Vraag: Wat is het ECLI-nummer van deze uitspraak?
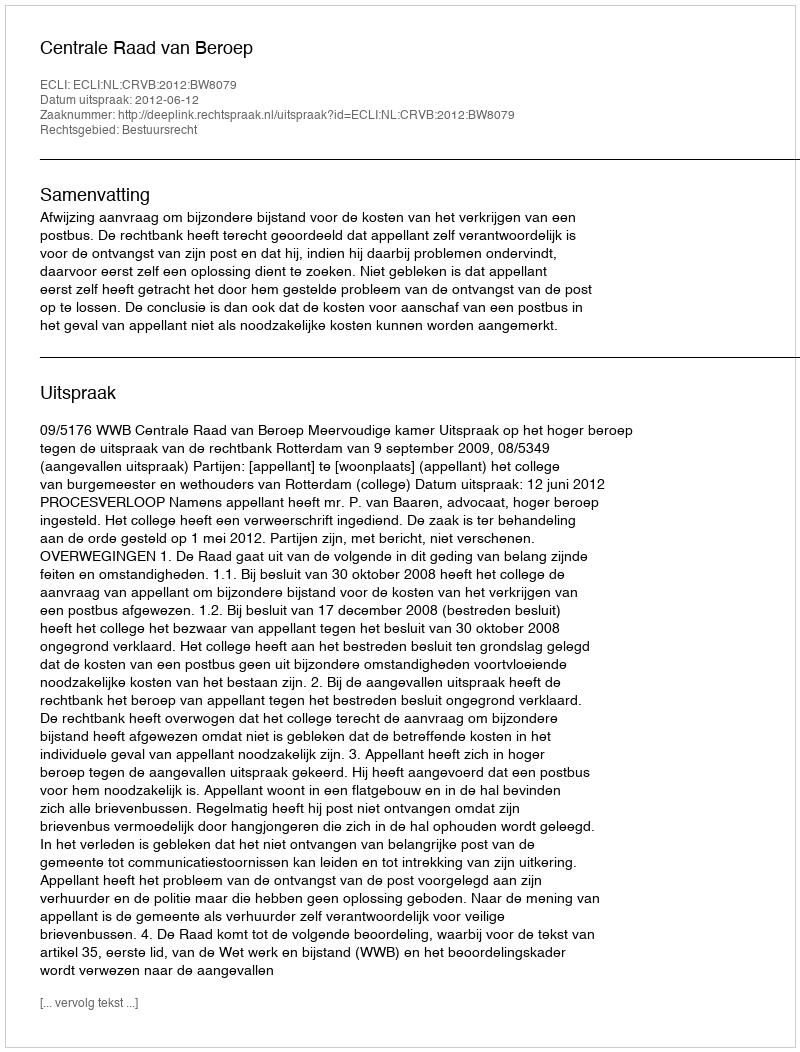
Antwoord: ECLI:NL:CRVB:2012:BW8079